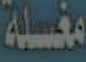
مغسلة